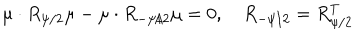
\mu \cdot R _ { \psi / 2 } \mu - \mu \cdot R _ { - \psi / 2 } \mu = 0 , \quad R _ { - \psi / 2 } = R _ { \psi / 2 } ^ { T }